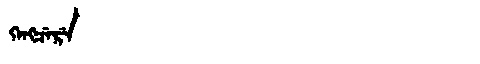
Manchu: ᡴᡝᠩᠴᡝᡵᡝ
Romanization: KENGCERE